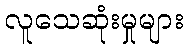
လူသေဆုံးမှုများ